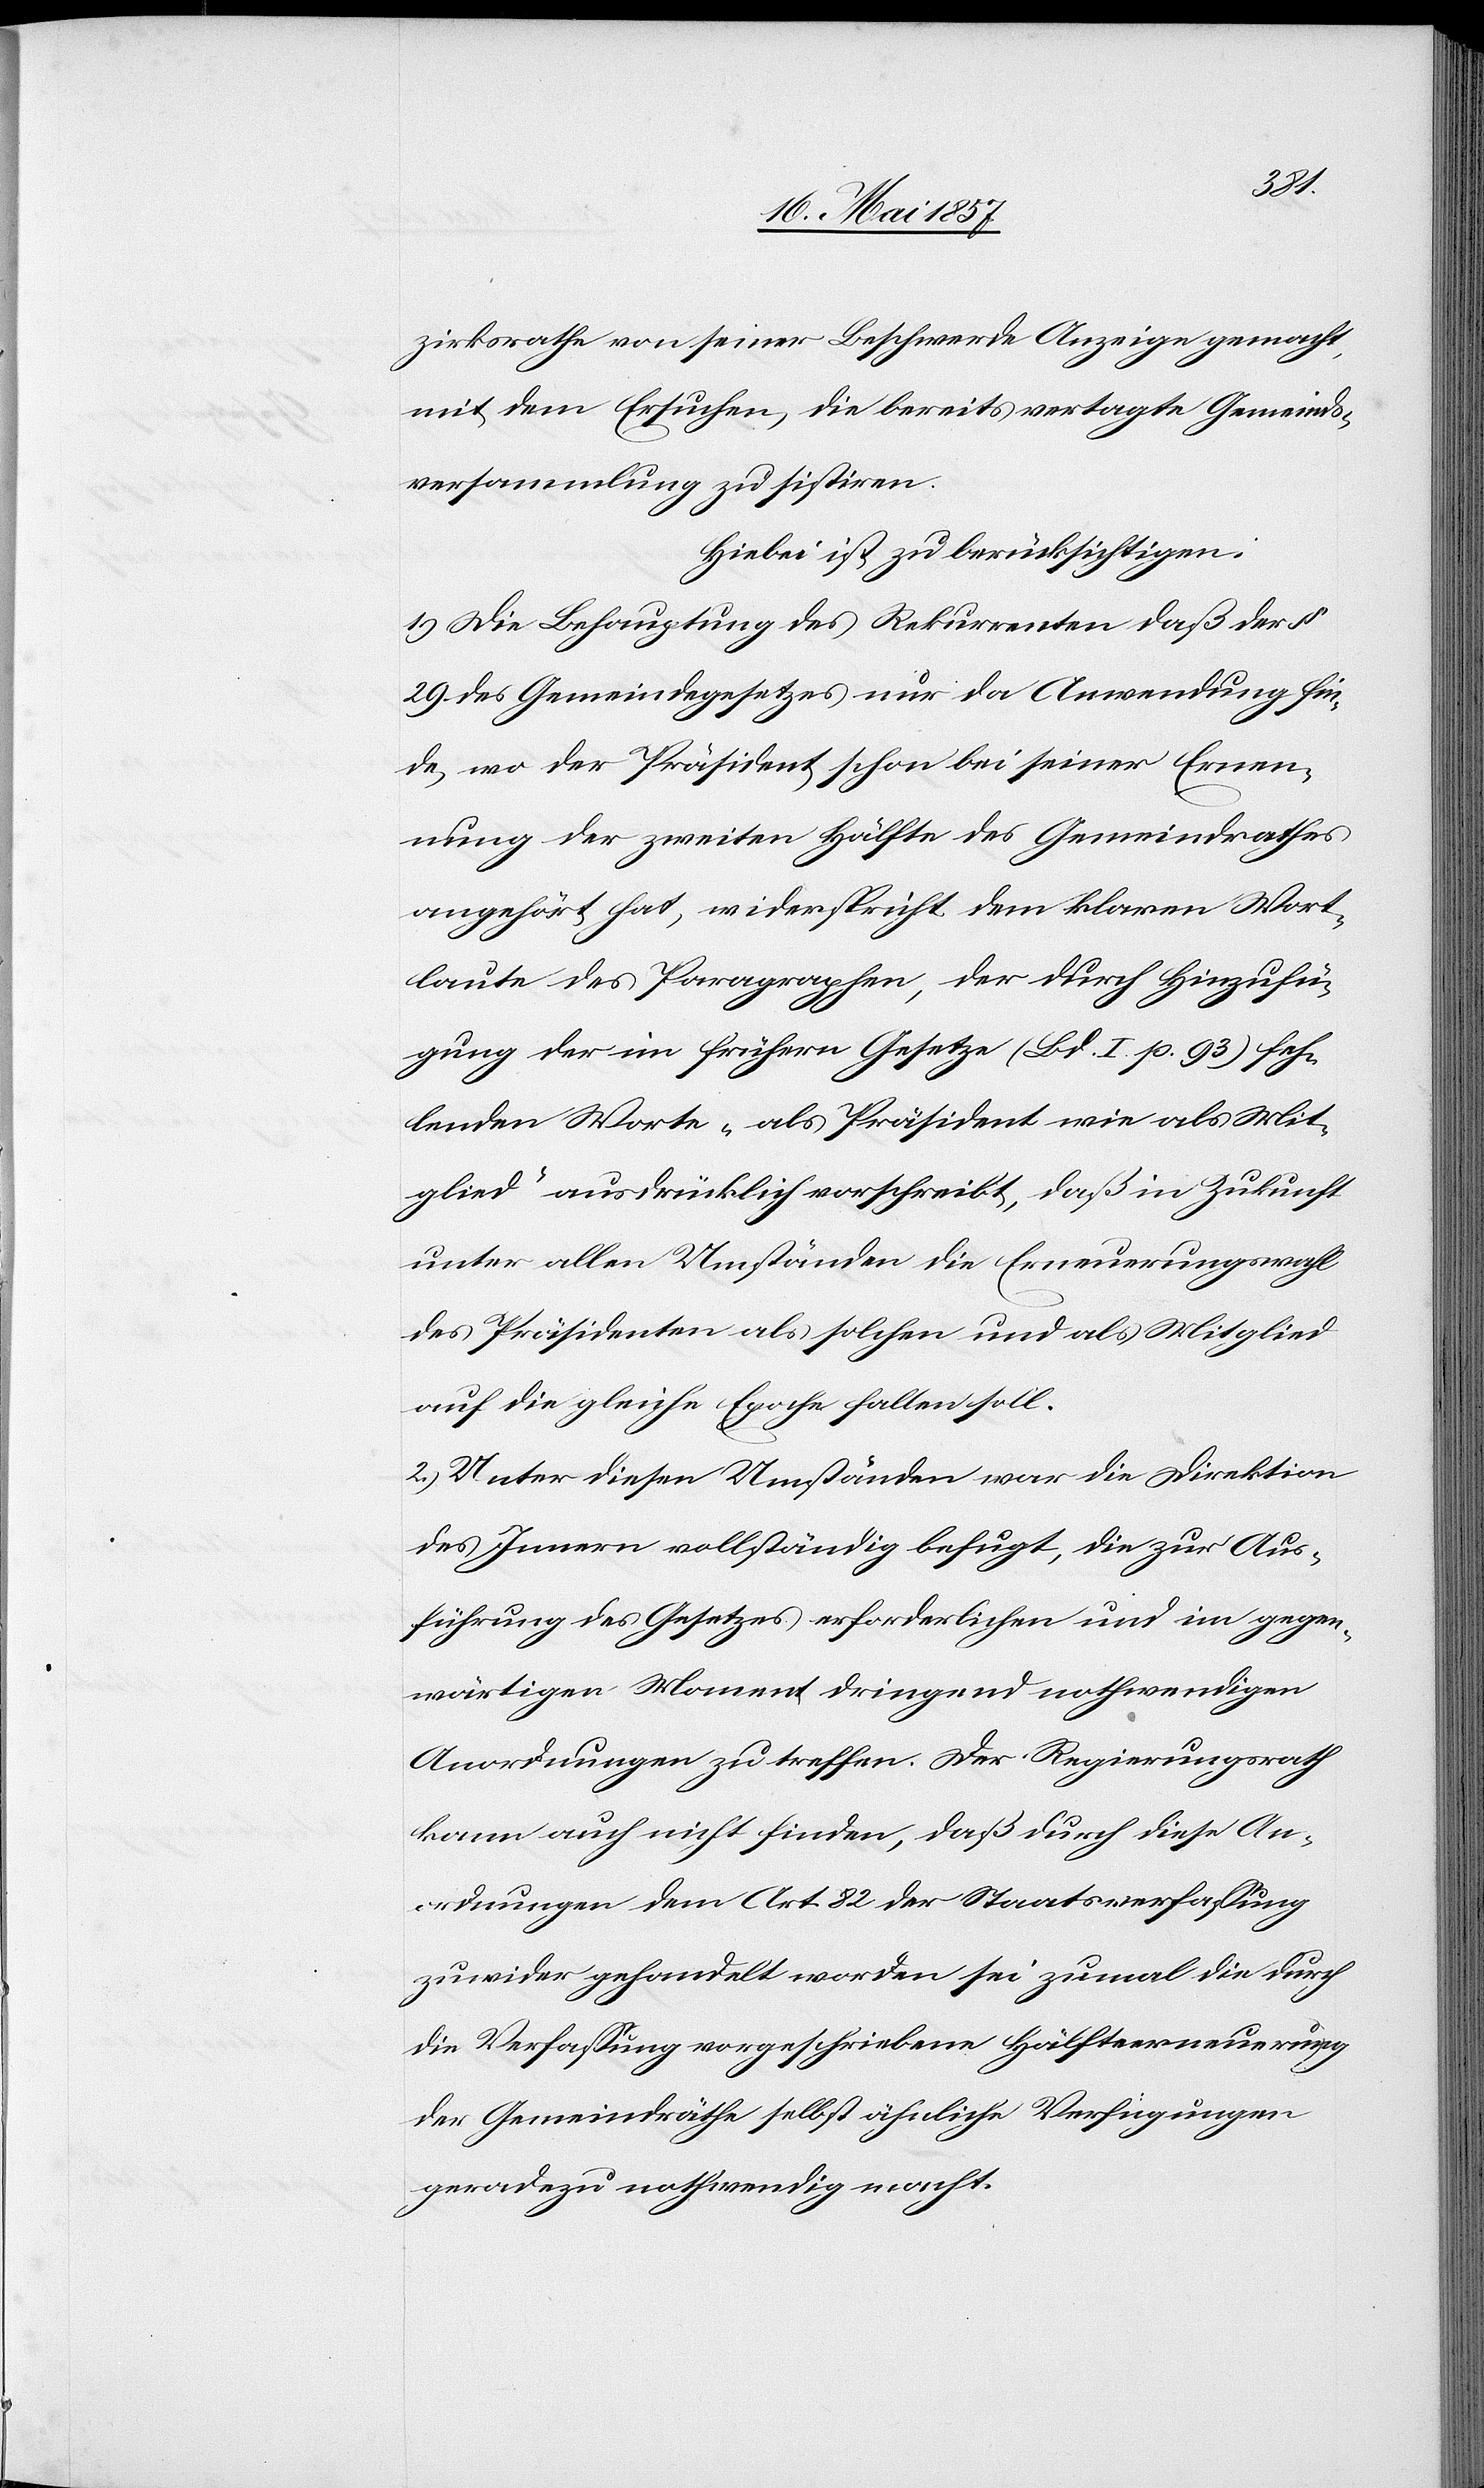
zirksrathe von seiner Beschwerde Anzeige gemacht,
mit dem Ersuchen, die bereits vertagte Gemeinds¬
versammlung zu sistiren.
Hiebei ist zu berücksichtigen:
1.) Die Behauptung des Rekurrenten daß der §
29 des Gemeindegesetzes nur da Anwendung fin¬
de wo der Präsident schon bei seiner Ernen¬
nung der zweiten Hälfte des Gemeindrathes
angehört hat, widerspricht dem klaren Wort¬
laute des Paragraphen, der durch Hinzufü¬
gung der im frühern Gesetze (Bd. I p. 93) feh¬
lenden Worte „als Präsident wie als Mit¬
glied“ ausdrücklich vorschreibt, daß in Zukunft
unter allen Umständen die Erneuerungswahl
des Präsidenten als solchen und als Mitglied
auf die gleiche Epoche fallen soll.
2.) Unter diesen Umständen war die Direktion
des Innern vollständig befugt, die zur Aus¬
führung des Gesetzes erforderlichen und im gegen¬
wärtigen Moment dringend nothwendigen
Anordnungen zu treffen. Der Regierungsrath
kann auch nicht finden, daß durch diese An¬
ordnungen dem Art. 82 der Staatsverfassung
zuwider gehandelt worden sei zumal die durch
die Verfassung vorgeschriebene Hälfteerneuerung
der Gemeindräthe selbst ähnliche Verfügungen
geradezu nothwendig macht.